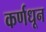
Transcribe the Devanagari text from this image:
कर्णधून